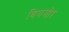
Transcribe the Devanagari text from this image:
विगमोर